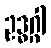
ဥဒ္ဓဂ္ဂါ